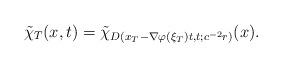
LaTeX: \begin{align*}\tilde \chi_T(x,t)= \tilde \chi_{D(x_T - \nabla \varphi(\xi_T) t,t; c^{-2} r)}(x).\end{align*}